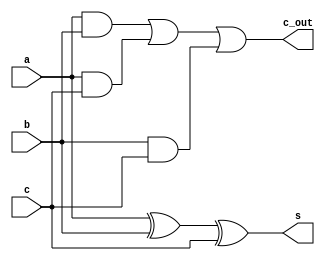
module add_1(
  input wire a, 
  input wire b, 
  input wire c, 

  output wire s, 
  output wire c_out 
  );

  assign s = a^b^c;
	assign c_out = (a&b)|(a&c)|(b&c);

endmodule

module add_2(
  input wire[1:0] a,
  input wire[1:0] b,
  input wire c_in,

  output wire[1:0] s,
  output wire c_out
);

  add_1 a0(a[0], b[0], c_in, s[0], c_tmp);
  add_1 a1(a[1], b[1], c_tmp, s[1], c_out);
endmodule

module add_4(
  input wire[3:0] a,
  input wire[3:0] b,
  input wire c_in,

  output wire[3:0] s,
  output wire c_out
);

  add_2 a0(a[1:0], b[1:0], c_in, s[1:0], c_tmp);
  add_2 a1(a[3:2], b[3:2], c_tmp, s[3:2], c_out);
endmodule

module add_8(
  input wire[7:0] a,
  input wire[7:0] b,
  input wire c_in,

  output wire[7:0] s,
  output wire c_out
);

  add_4 a0(a[3:0], b[3:0], c_in, s[3:0], c_tmp);
  add_4 a1(a[7:4], b[7:4], c_tmp, s[7:4], c_out);
endmodule

module add_16(
  input wire[15:0] a,
  input wire[15:0] b,
  input wire c_in,

  output wire[15:0] s,
  output wire c_out
);

  add_8 a0(a[7:0], b[7:0], c_in, s[7:0], c_tmp);
  add_8 a1(a[15:8], b[15:8], c_tmp, s[15:8], c_out);
endmodule

module add(
  input wire clk,

  input wire[31:0] a,
  input wire[31:0] b,
  input wire c_in,

  output wire[31:0] s,
  output wire c_out
);

  add_16 a0(a[15:0], b[15:0], 1'b0, s[15:0], c_tmp);
  add_16 a1(a[31:16], b[31:16], c_tmp, s[31:16], c_out);

endmodule